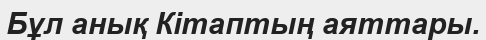
Бұл анық Кітаптың аяттары.